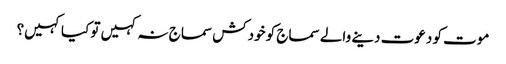
موت کو دعوت دینے والے سماج کو خودکش سماج نہ کہیں تو کیا کہیں؟